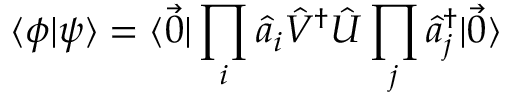
\langle \phi | \psi \rangle = \langle \vec { 0 } | \prod _ { i } \hat { a } _ { i } \hat { V } ^ { \dag } \hat { U } \prod _ { j } \hat { a } _ { j } ^ { \dag } | \vec { 0 } \rangle